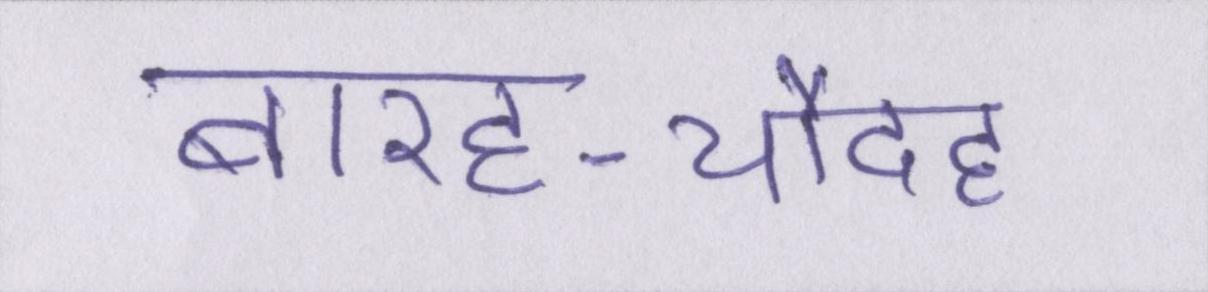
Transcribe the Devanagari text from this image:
बारह-चौदह